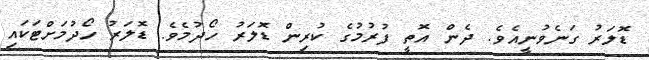
ޑޮލަރު ގަނެވުނީއެވެ. ދެން އޮތީ ފުރުމުގެ ކުރިން ޑޮލަރު ހޯދުމެވެ. ޑޮލަރު ހޯދުމަށްޓަކައި